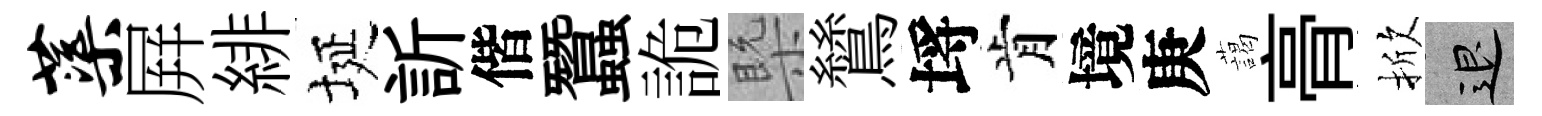
蕖屛緋埏訢偕蠶詭槩鷥埓肯境庚藹𮌔掀退